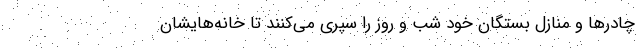
چادر‌ها و منازل بستگان خود شب و روز را سپری می‌کنند تا خانه‌هایشان